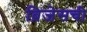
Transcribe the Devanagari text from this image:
ब्रिजेसची